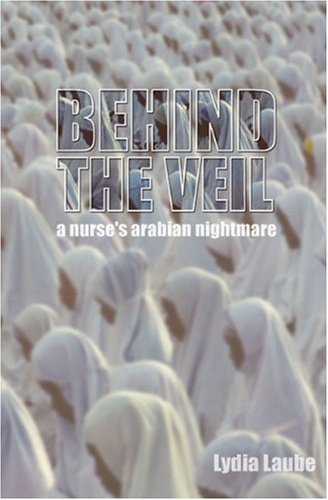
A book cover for Behind the Veil: A Nurse's Arabian Nightmare; Lydia Laube; Biographies & Memoirs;